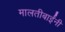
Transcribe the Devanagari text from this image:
मालतीबाईंनी